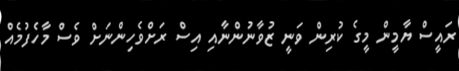
ރައީސް ޔާމީން މީގެ ކުރިން ވަނީ ޒުވާނުންނާއި އިސް ރަށްވެހިންނަށް ވެސް މާހެފުމެއް